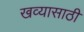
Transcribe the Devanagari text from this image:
खव्यासाठी